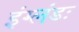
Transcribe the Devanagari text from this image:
इंग्लंडः